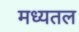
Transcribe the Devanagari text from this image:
मध्यतल